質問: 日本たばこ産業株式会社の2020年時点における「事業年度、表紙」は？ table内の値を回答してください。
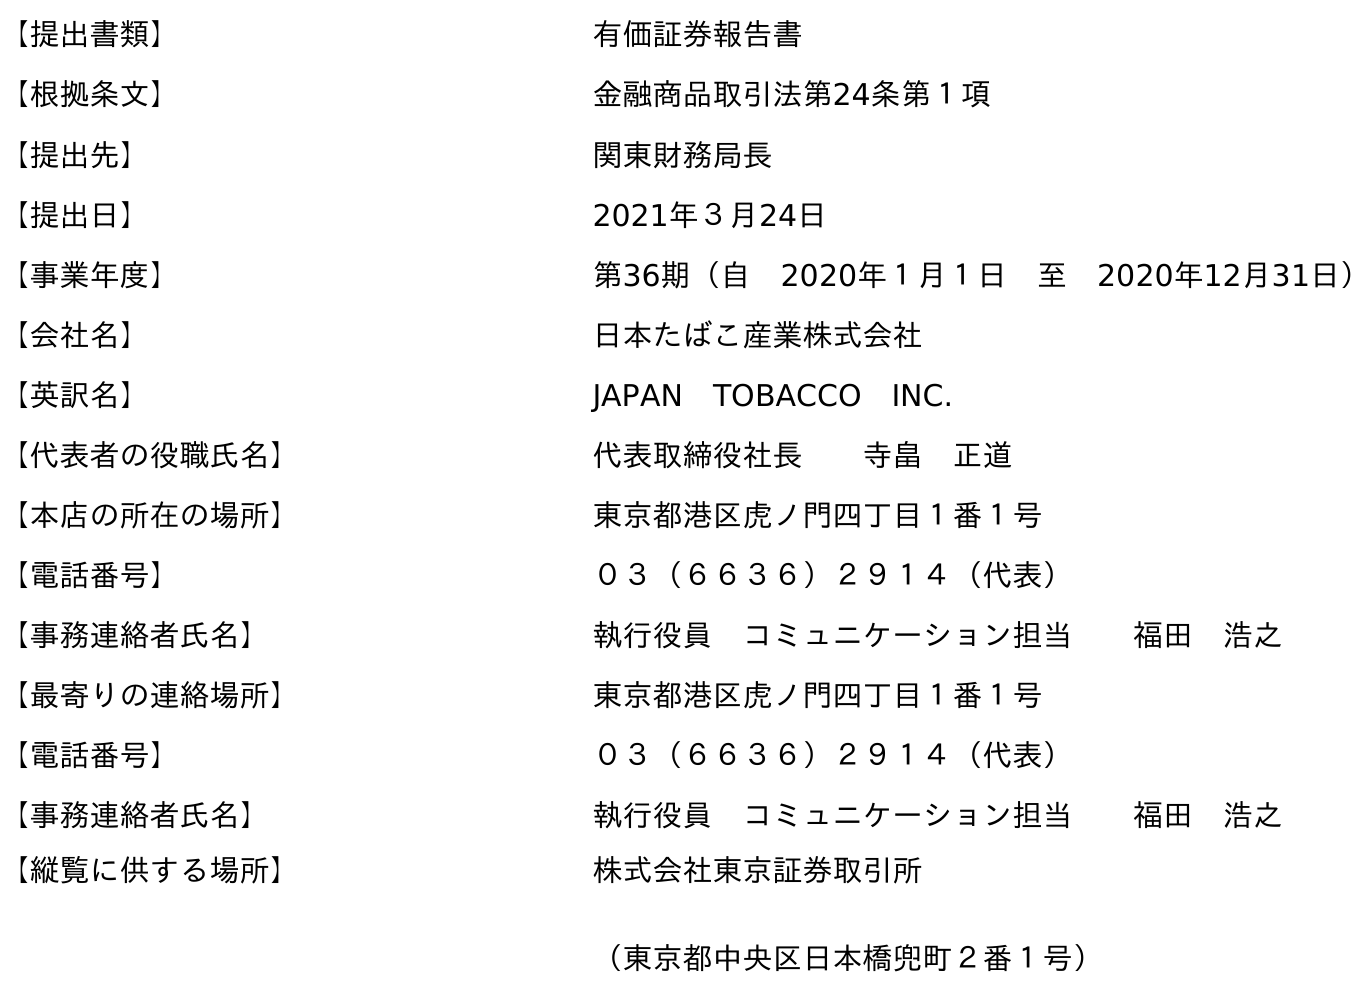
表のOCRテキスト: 【提出書類】 有価証券報告書 【根拠条文】 金融商品取引法第24条第１項 【提出先】 関東財務局長 【提出日】 2021年３月24日 【事業年度】 第36期（自 2020年１月１日 至 2020年12月31日） 【会社名】 日本たばこ産業株式会社 【英訳名】 JAPAN TOBACCO INC. 【代表者の役職氏名】 代表取締役社長  寺畠 正道 【本店の所在の場所】 東京都港区虎ノ門四丁目１番１号 【電話番号】 ０３（６６３６）２９１４（代表） 【事務連絡者氏名】 執行役員 コミュニケーション担当  福田 浩之 【最寄りの連絡場所】 東京都港区虎ノ門四丁目１番１号 【電話番号】 ０３（６６３６）２９１４（代表） 【事務連絡者氏名】 執行役員 コミュニケーション担当  福田 浩之 【縦覧に供する場所】 株式会社東京証券取引所 （東京都中央区日本橋兜町２番１号）
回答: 第36期（自　2020年１月１日　至　2020年12月31日）